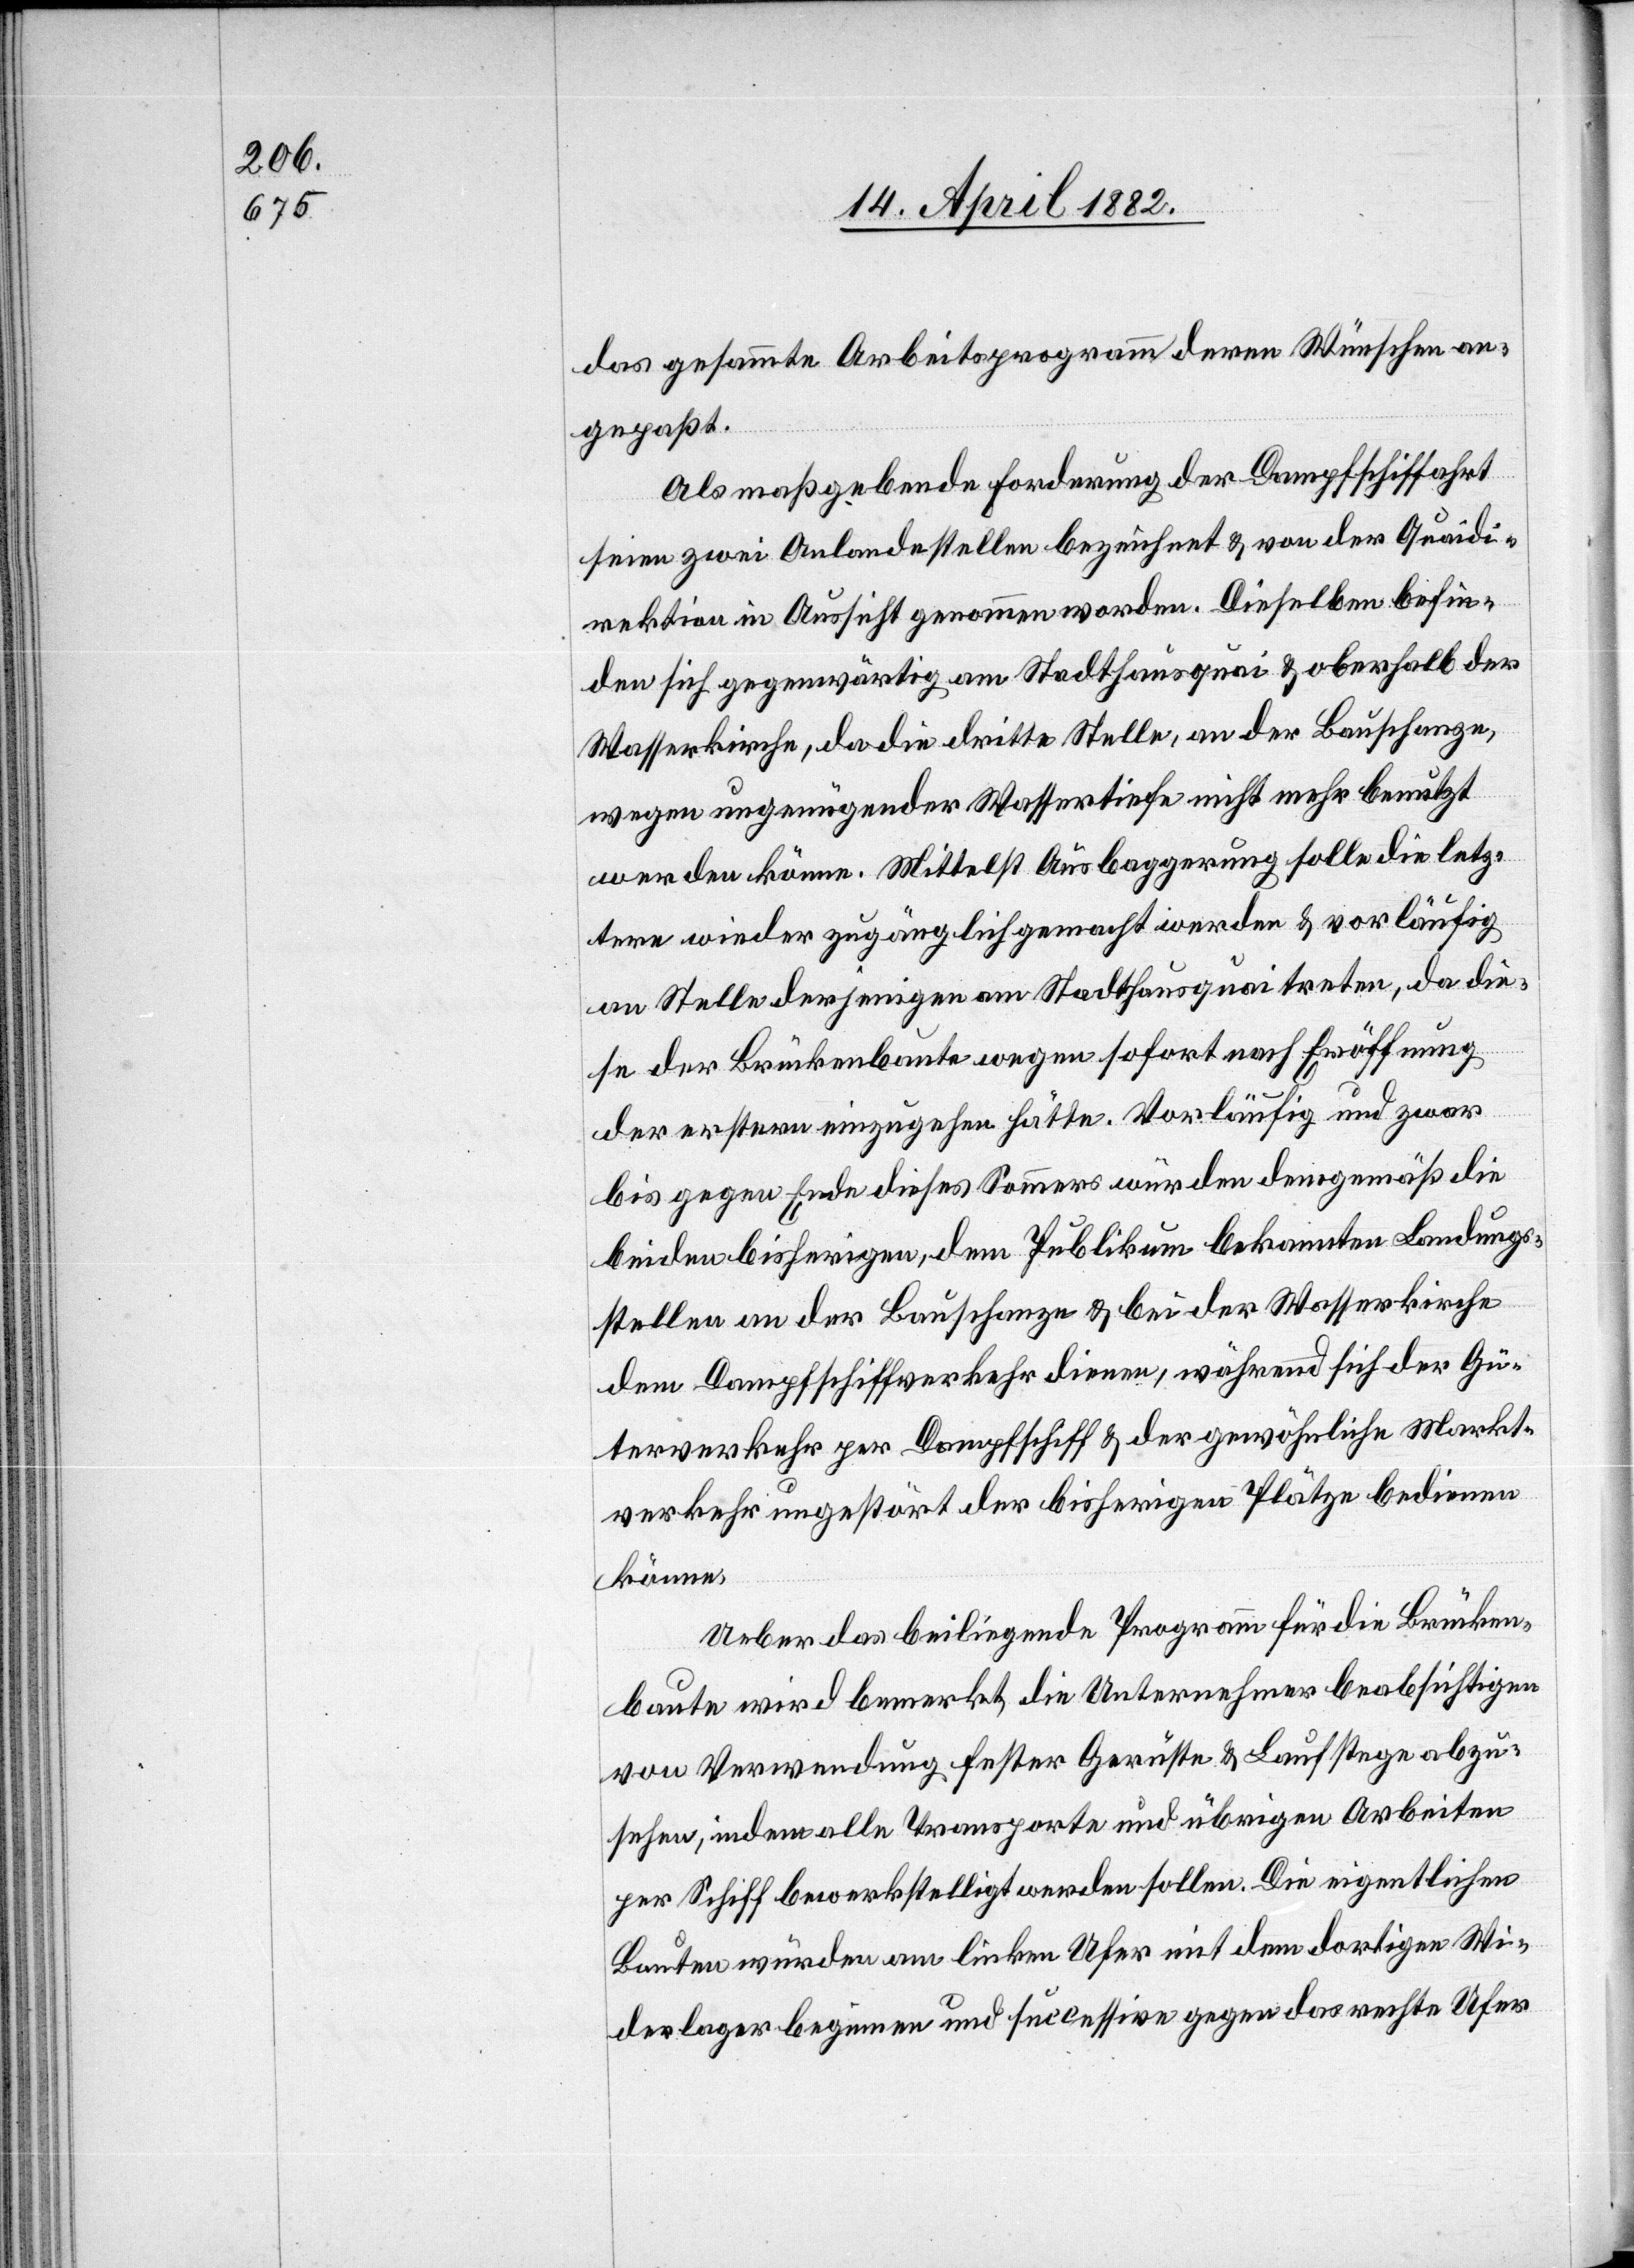
das gesammte Arbeitsprogramm deren Wünschen an¬
gepaßt.
Als maßgebende Forderung der Dampfschiffahrt
seien zwei Anlandestellen bezeichnet & von der Quaidi¬
rektion in Aussicht genommen worden. Dieselben befin¬
den sich gegenwärtig am Stadthausquai & oberhalb der
Wasserkirche, da die dritte Stelle, an der Bauschanze,
wegen ungenügender Wassertiefe nicht mehr benutzt
werden könne. Mittelst Ausbaggerung solle die letz¬
tere wieder zugänglich gemacht werden & vorläufig
an Stelle derjenigen am Stadthausquai treten, da die¬
se der Brückenbaute wegen sofort nach Eröffnung
der erstern einzugehen hätte. Vorläufig und zwar
bis gegen Ende dieses Sommers würden demgemäß die
beiden bisherigen, dem Publikum bekannten Landungs¬
stellen an der Bauschanze & bei der Wasserkirche
dem Dampfschiffverkehr dienen, während sich der Gü¬
terverkehr per Dampfschiff & der gewöhnliche Markt¬
verkehr ungestört der bisherigen Plätze bedienen
könne.
Ueber das beiliegende Programm für die Brücken¬
baute wird bemerkt, die Unternehmer beabsichtigen
von Verwendung fester Gerüste & Laufstege abzu¬
sehen, indem alle Transporte und übrigen Arbeiten
per Schiff bewerkstelligt werden sollen. Die eigentlichen
Bauten würden am linken Ufer mit dem dortigen Wi¬
derlager beginnen und successive gegen das rechte Ufer